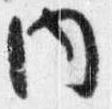
内